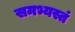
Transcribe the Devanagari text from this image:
समभ्यस्तं